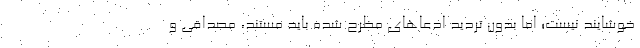
خوشایند نیست؛ اما بدون تردید ادعاهای مظرح شده باید مستند، مصداقی و